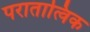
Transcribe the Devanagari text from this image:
परातात्विक